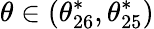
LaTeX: \theta\in(\theta_{26}^{*},\theta_{25}^{*})